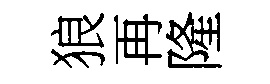
狼再隆